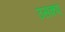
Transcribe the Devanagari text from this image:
उसकए